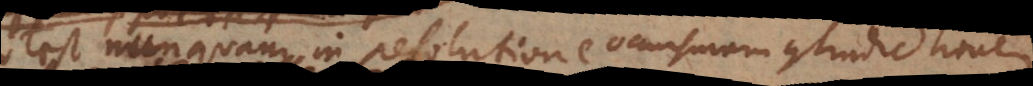
potest nunquam in resolutione occursuram contradictionem.